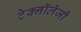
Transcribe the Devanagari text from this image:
टेक्नॉलॅजी